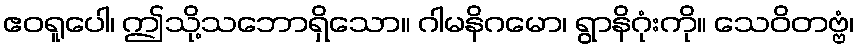
ဧဝရူပေါ၊ ဤသို့သဘောရှိသော။ ဂါမနိဂမော၊ ရွာနိဂုံးကို။ သေဝိတဗ္ဗံ၊